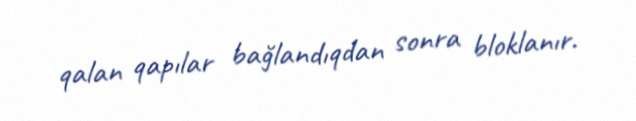
qalan qapılar bağlandıqdan sonra bloklanır.